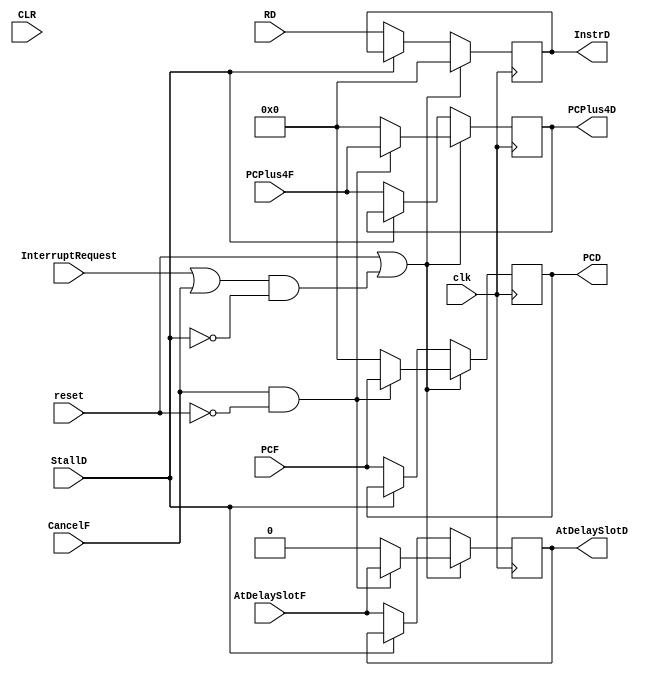
`timescale 1ns / 1ps
//////////////////////////////////////////////////////////////////////////////////
// Company: 
// Engineer: 
// 
// Design Name: 
// Module Name:    IFID 
// Project Name: 
// Target Devices: 
// Tool versions: 
// Description: 
//
// Dependencies: 
//
// Revision: 
// Revision 0.01 - File Created
// Additional Comments: 
//
//////////////////////////////////////////////////////////////////////////////////
module IFID(
	 input InterruptRequest,
    input [31:0] RD,
    input StallD,
    input CLR,
	 input reset,
	 input clk,
	 input [31:0] PCPlus4F,
	 input [31:0] PCF,
	 input AtDelaySlotF,
	 input CancelF,
	 output reg [31:0] PCD = 0,
    output reg [31:0] InstrD = 0,
    output reg [31:0] PCPlus4D = 0,
	 output reg AtDelaySlotD
    );
	always @(posedge clk) begin
		if (reset == 1 || ((InterruptRequest == 1 || CancelF) && StallD != 1)) begin
			InstrD <= 0;
			if (CancelF && !reset) begin
				PCPlus4D <= PCPlus4F;
				PCD <= PCF;
				AtDelaySlotD <= AtDelaySlotF;
			end
			else begin
				PCPlus4D <= 0;
				PCD <= 0;
				AtDelaySlotD <= 0;
			end
			
		end
		else if (StallD != 1) begin
			InstrD <= RD;
			PCPlus4D <= PCPlus4F;
			PCD <= PCF;
			AtDelaySlotD <= AtDelaySlotF;
		end
	end
endmodule